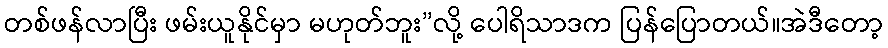
တစ်ဖန်လာပြီး ဖမ်းယူနိုင်မှာ မဟုတ်ဘူး”လို့ ပေါရိသာဒက ပြန်ပြောတယ်။အဲဒီတော့